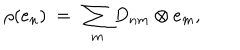
LaTeX: \rho ( e _ { n } ) ~ = ~ \sum _ { m } D _ { n m } \otimes e _ { m } ,